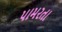
પામરતા